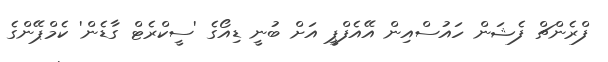
ފްރެންޗް ފެޝަން ހައުސްއިން އޭއެފްޕީ އަށް ބުނީ ޑިއޯގެ 'ސީކްރެޓް ގާޑެން' ކެމްޕޭންގެ